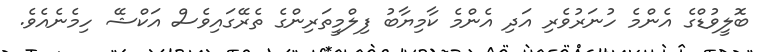
ބޮލީވުޑްގެ އެންމެ ހުނަރުވެރި އަދި އެންމެ ކާމިޔާބު ފިލްމީތަރިންގެ ތެރޭގައިވެސް އަކްޝޭ ހިމެނެއެވެ.